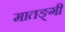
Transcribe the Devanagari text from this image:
मातङ्गी